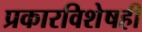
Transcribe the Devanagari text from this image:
प्रकारविशेषही